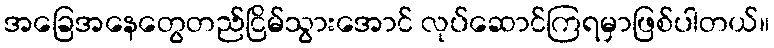
အခြေအနေတွေတည်ငြိမ်သွားအောင် လုပ်ဆောင်ကြရမှာဖြစ်ပါတယ်။